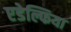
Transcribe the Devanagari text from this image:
एडेल्फिया